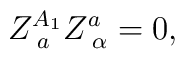
Z_{\;a}^{A_1}Z_{\;\alpha }^a=0,